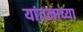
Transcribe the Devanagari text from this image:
यांतनाच्या